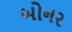
બોનર